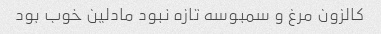
کالزون مرغ و سمبوسه تازه نبود مادلین خوب بود